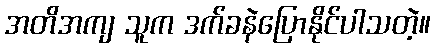
အတိအကျ သူက ဒက်ခနဲပြောနိုင်ပါသတဲ့။